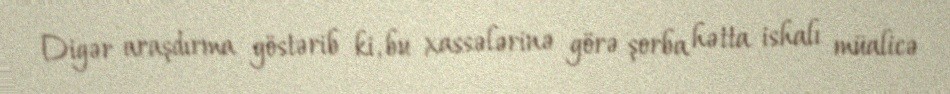
Digər araşdırma göstərib ki, bu xassələrinə görə şorba hətta ishalı müalicə